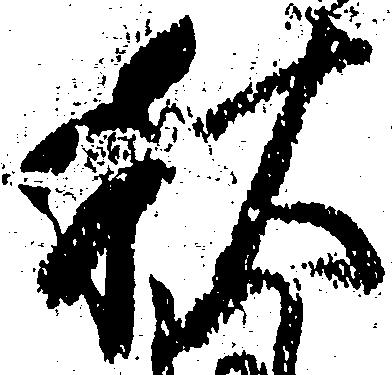
秋